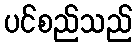
ပင်စည်သည်